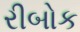
રીબોક